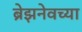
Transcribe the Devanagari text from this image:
ब्रेझनेवच्या